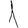
Digit: 1